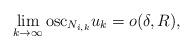
LaTeX: \begin{align*}\lim_{k\to \infty} \mbox{osc}_{N_{i,k}} u_k = o(\delta,R),\end{align*}